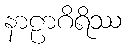
နာဠာဂိရိဿ